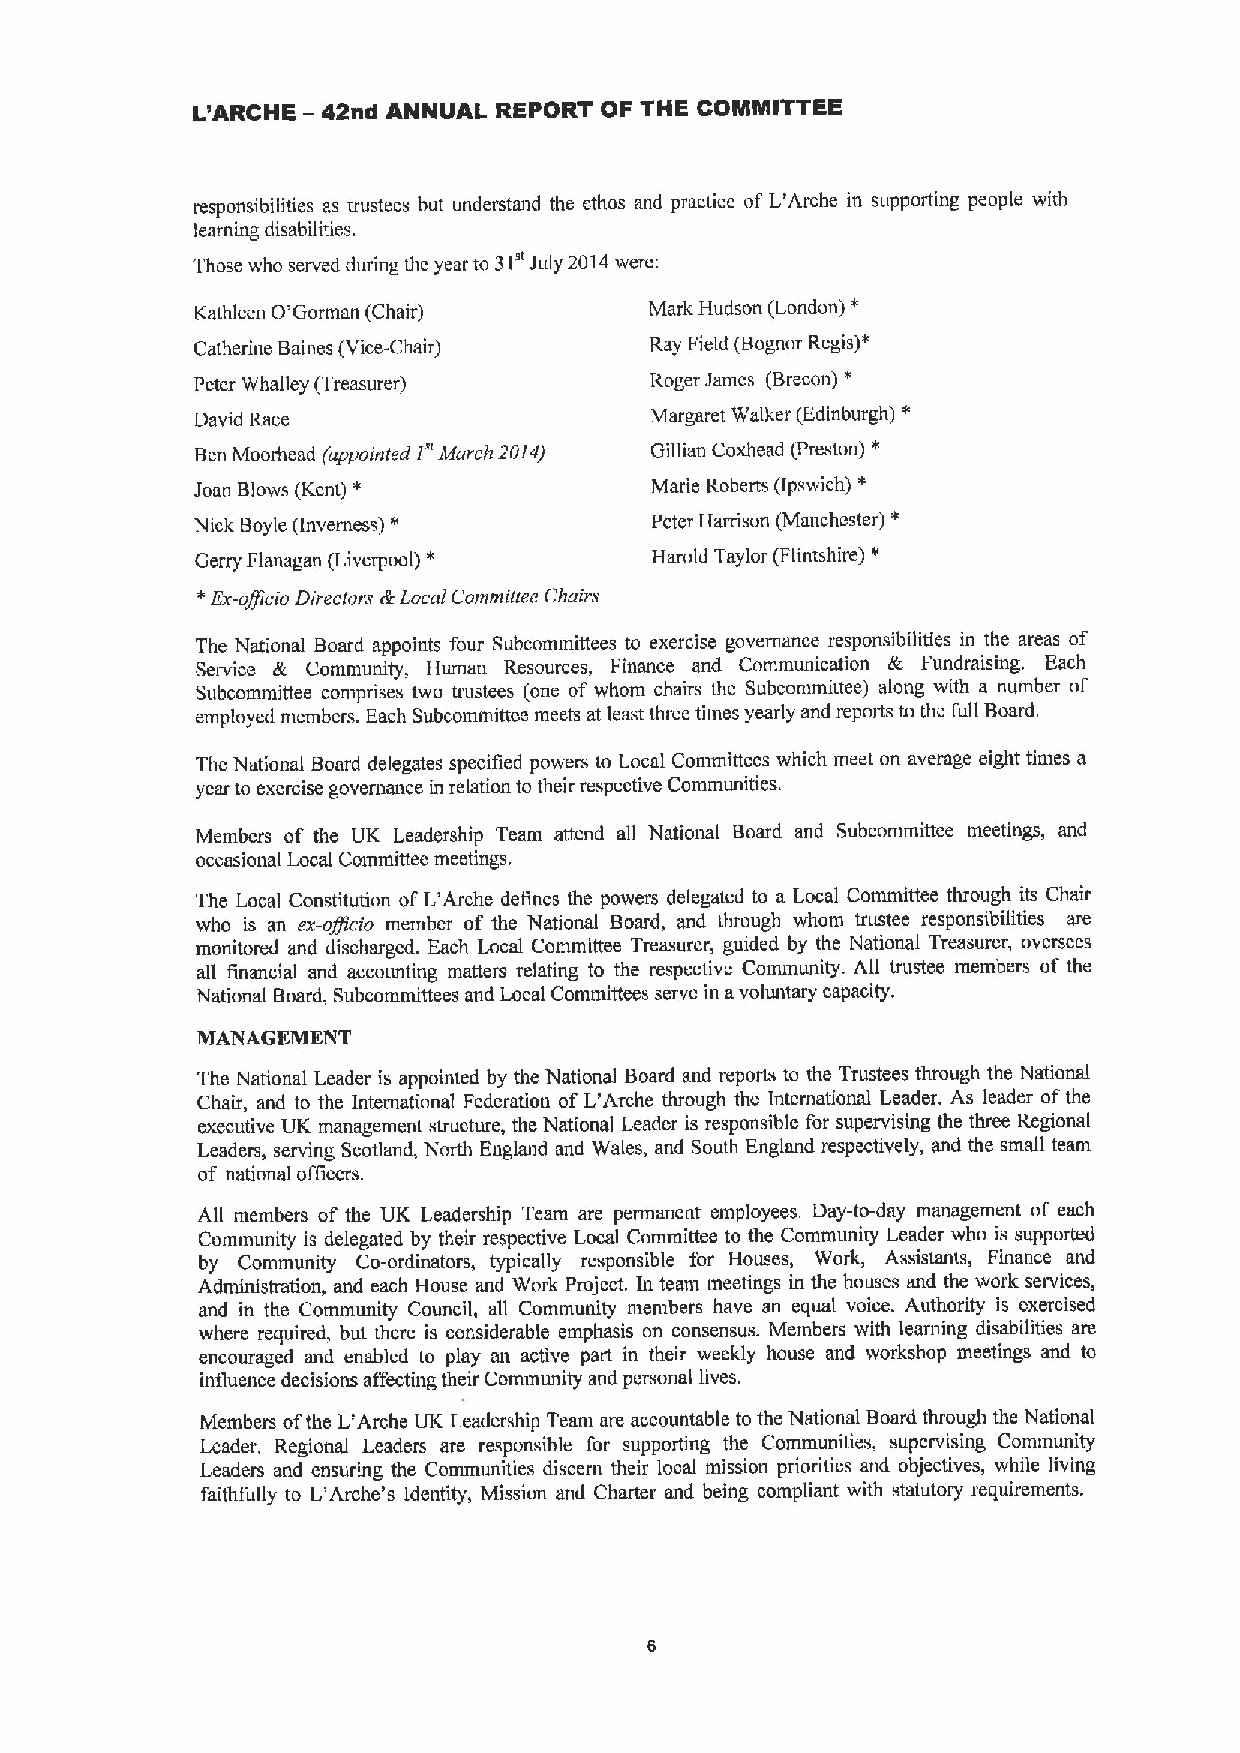
L'ARCHE —42nd ANNUAL REPORT OF THE COMItgITTEE
 responsibilities as trustees but understand the ethos and practice of L'Arche in supporting people with
 learning disabilities.
 Those who served during thc year to 31e July 2014were:
 *
 Kathleen 0*Gorman (Chair)     Mark Hudson (London)
 Catherine Baines (Vice-Chair) Ray Field (Bognor Regis)"
 Peter Whalley (Treasurer)     Roger James (Brecon) e
 "
 David Race                    Margaret Walker (Edinburgh)
 BenMoorhead (appointed I" ttfarch 20/4) Gillian Coxhead (Preston) e
 Joan Blows (Kent) *           Marie Roberts (Ipswich) *
 "                                *
 NickBoyle (Inverness)         Pctcr Harrison (Manchester)
 Gerry Flanagan (Liverpool) *  Harold Taylor (Flintshire) v
 egx-officio Directnri &Local Committee Chairs
 The National Board appoints four Subcominittees to exercise governance responsibilities in the areas of
 Service & Community, Human Resources, Finance and Communication & Fundraising. Each
 Subcommittee comprises two trustees (one of whom chairs the Subcommiitee) along with a number of
 employed meinbers. Each Subcornmittce meets at least three times yearly and reports to the full Board.
 The National Board delegates specified powers to Local Cornmittccs which meet on average eight times a
 year to exercise governance in relation to their respective Communities.
 Members of the UK Leadership Team attend all National Board and Subcommittee meetings, and
 occasional Local Committee meetings.
 The Local Constitution ofL'Arche defines the powers delegated to a Local Committee through its Chair
 who is an ex-offt'cio member of the National Board, and through whom trustee responsibilities are
 monitored and discharged. Each Local Committee Treasurer, guided by the National Treasurer, oversees
 all financial and accounting matters relating to the respective Community. All trustee members of the
 National Board, Subcommittees and Local Comniittees serve in avoluntary capacity.
 MANAGEMENT
 The National Leader is appointed by the National Board and reports to the Trustees through the National
 Chair, and to the International Federation of L'Arche through the International Leader. As leader ofthe
 executive UK management structure, the National Leader is responsible for supervising the three Regional
 Leaders, serving Scotland, North England and Wales, and South England respectively, and the sinall team
 of national officers.
 All members of the UK Leadership Team are permanent employees. I)ay-to-day management of each
 Community is delegated by their respective Local Committee to the Community Leader who is supported
 by Community Co-ordinators, typically responsible for Houses, Work, Assistants, Finance and
 Administration, and each House and Work Project. In team meetings in the houses and the work services,
 and in the Community Council, all Community members have an equal voice. Authority is exercised
 where required, but there is considerable emphasis on consensus. Members with learning disabilities are
 encouraged and enabled to play an active part in their weekly house and workshop meetings and to
 intluence decisions affecting their Community and personal lives.
 Members ofthe L'Arche UK Leadership Team are accountable to the National Board through the National
 Leader. Regional Leaders are responsible for supporting the Communities, supervising Community
 Leaders and ensuring the Communities discern their local mission priorities and objectives, while living
 faithfully to L'Arche's Identity, Mission and Charter and being compliant with statutory requirements.